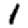
Digit: 1